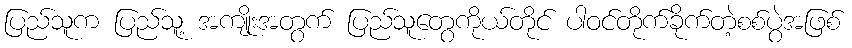
ပြည်သူက ပြည်သူ့ အကျိုးအတွက် ပြည်သူတွေကိုယ်တိုင် ပါဝင်တိုက်ခိုက်တဲ့စစ်ပွဲအဖြစ်